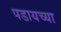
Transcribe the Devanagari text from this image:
पडायच्या